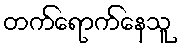
တက်ရောက်နေသူ